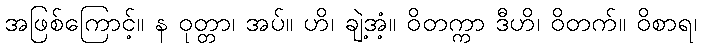
အဖြစ်ကြောင့်။ န ဝုတ္တာ၊ အပ်။ ဟိ၊ ချဲ့အံ့။ ဝိတက္ကာ ဒီဟိ၊ ဝိတက်။ ဝိစာရ၊